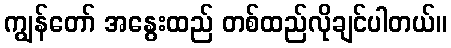
ကျွန်တော် အနွေးထည် တစ်ထည်လိုချင်ပါတယ်။